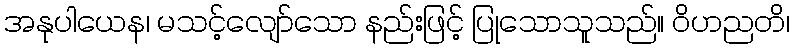
အနုပါယေန၊ မသင့်လျော်သော နည်းဖြင့် ပြုသောသူသည်။ ဝိဟညတိ၊